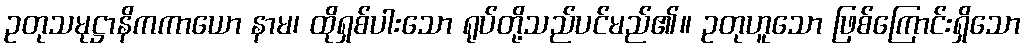
ဥတုသမုဋ္ဌာနိကကာယော နာမ၊ ထိုရှစ်ပါးသော ရုပ်တို့သည်ပင်မည်၏။ ဥတုဟူသော ဖြစ်ကြောင်းရှိသော